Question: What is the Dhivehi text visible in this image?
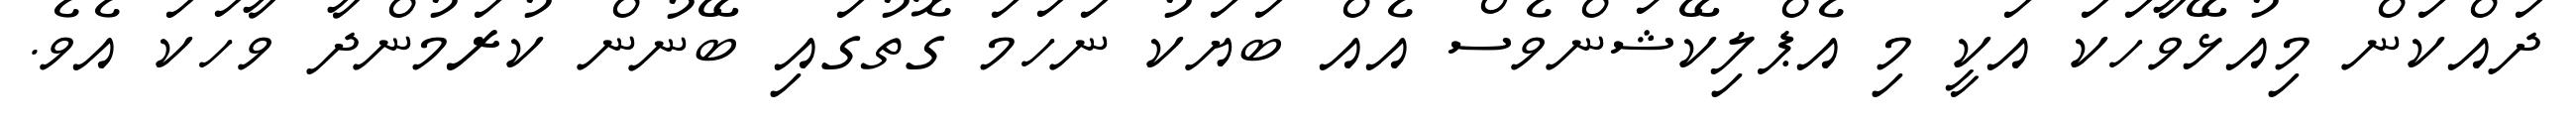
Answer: ދައްކަން މިއުޅޭވާހަކަ އަކީ މި އެޕްލިކޭޝަންވެސް އެއް ބަޔަކު ނަހަމަ ގޮތުގައި ބޭނުން ކުރަމުންދާ ވާހަކަ އެވެ.